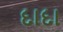
દાદા